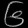
Digit: ၆